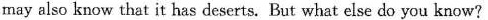
may also know that it has deserts. But what else do you know?